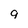
Character: 9